Report on the working of the Ranchi Indian Mental Hospital, Kanke, in Bihar and Orissa - 1930-1940
Year: 1930
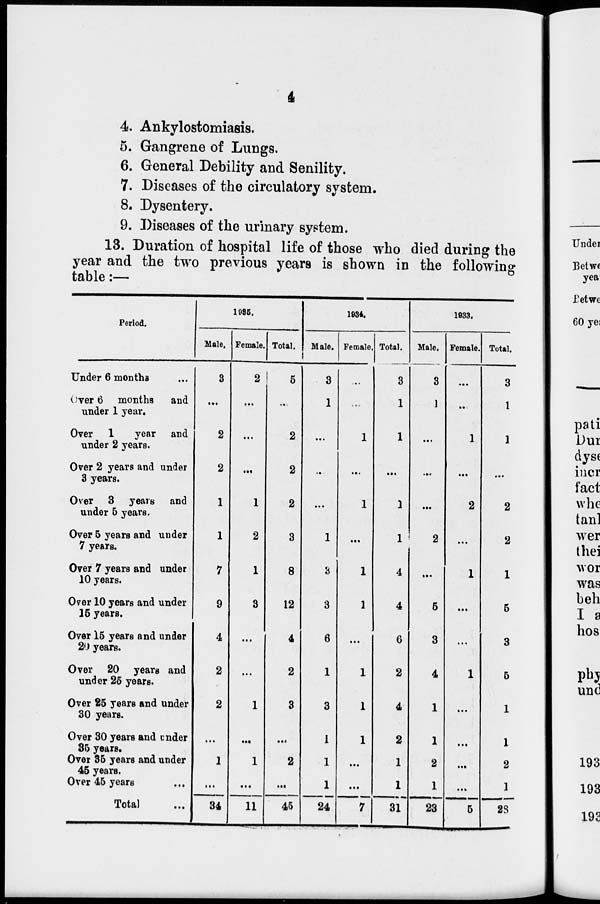
4
4. Ankylostomiasis.
5. Gangrene of Lungs.
6. General Debility and Senility.
7. Diseases of the circulatory system.
8. Dysentery.
9. Diseases of the urinary system.
13. Duration of hospital life of those who died during the
year and the two previous years is shown in the following
table:—
Period.
Under 6 months ...
Over 6 months and
tinder 1 year.
Over 1
year and
under 2 years.
Over 2 years and under
3 years.
Over 3 years and
under 5 years.
Over 5 years and under
7 years.
Over 7 years and under
10 years.
Over 10 years and under
15 years.
Over 15 years and under
20 years.
Over 20 years and
under 25 years.
Over 25 years and under
30 years.
Over 30 years and under
35 years.
Over 35 years and under
45 years.
Over 45 years ...
Total ...
1935.
Male.
3
...
2
2
1
1
7
9
4
2
2
...
1
...
34
Female.
2
...
...
...
1
2
1
3
...
...
1
...
1
...
11
Total.
5
...
2
2
2
3
8
12
4
2
3
...
2
...
45
1934.
Male.
3
1
...
...
...
1
3
3
6
1
3
1
1
1
24
Female.
...
...
1
...
1
...
1
1
...
1
1
1
...
...
7
Total.
3
1
1
...
1
1
4
4
6
2
4
2
1
1
31
1933.
Male.
3
1
...
...
...
2
...
5
3
4
1
1
2
1
23
Female.
...
...
1
...
2
...
1
...
...
1
...
...
...
...
5
Total.
3
1
1
...
2
2
1
5
3
5
1
1
2
1
28